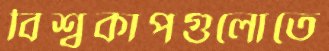
বিশ্বকাপগুলোতে